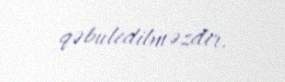
qəbuledilməzdir.